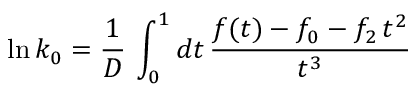
\ln k _ { 0 } = \frac { 1 } { \cal D } \, \int _ { 0 } ^ { 1 } d t \, \frac { f ( t ) - f _ { 0 } - f _ { 2 } \, t ^ { 2 } } { t ^ { 3 } }